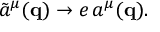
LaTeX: \tilde { a } ^ { \mu } ( { \mathbf { q } } ) \rightarrow e \, a ^ { \mu } ( { \mathbf { q } } ) .